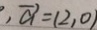
, \overrightarrow { a } = ( 2 , 0 )